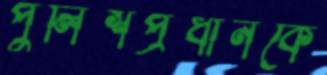
পুলিশপ্রধানকে